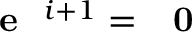
\textrm { \textbf { e } } ^ { i + 1 } = \textrm { \textbf { 0 } }